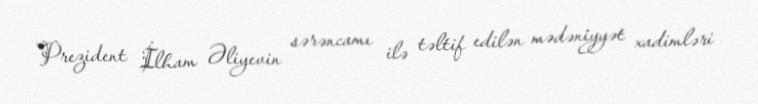
Prezident İlham Əliyevin sərəncamı ilə təltif edilən mədəniyyət xadimləri